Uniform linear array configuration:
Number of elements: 16
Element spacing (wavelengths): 0.75
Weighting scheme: blackman
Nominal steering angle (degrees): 30
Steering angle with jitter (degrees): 31.282
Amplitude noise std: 0.05
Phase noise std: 0.05

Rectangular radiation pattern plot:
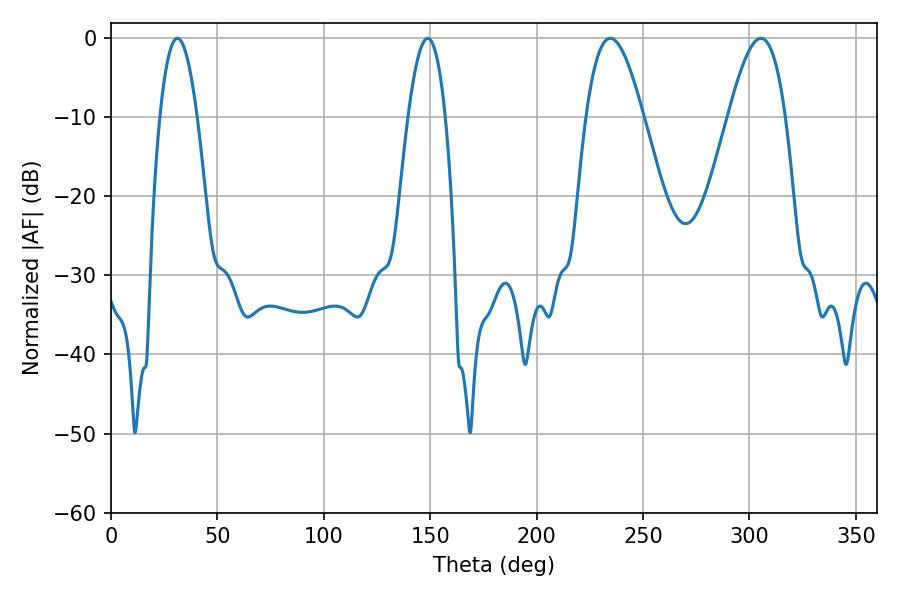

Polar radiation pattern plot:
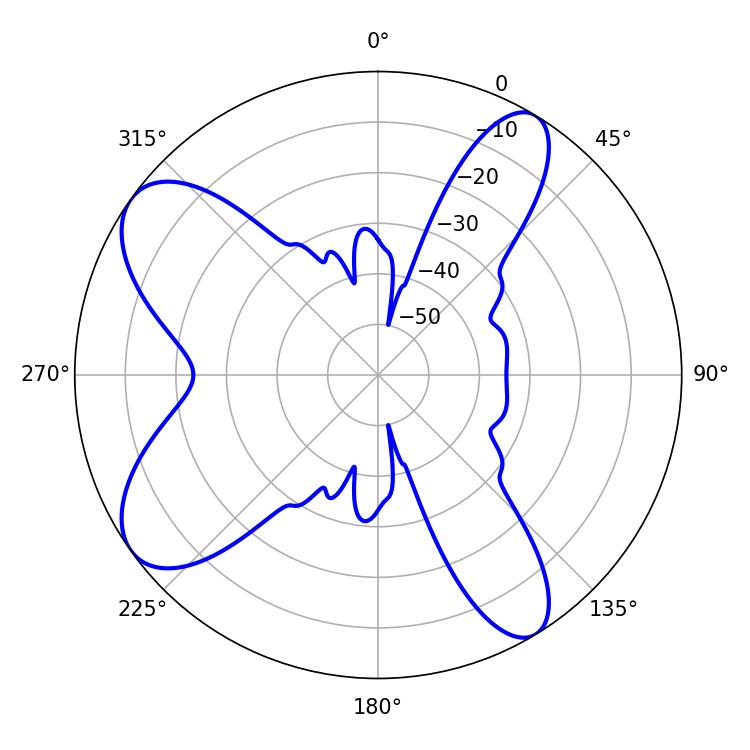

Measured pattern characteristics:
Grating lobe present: TRUE
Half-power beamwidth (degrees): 14.4
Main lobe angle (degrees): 234.54